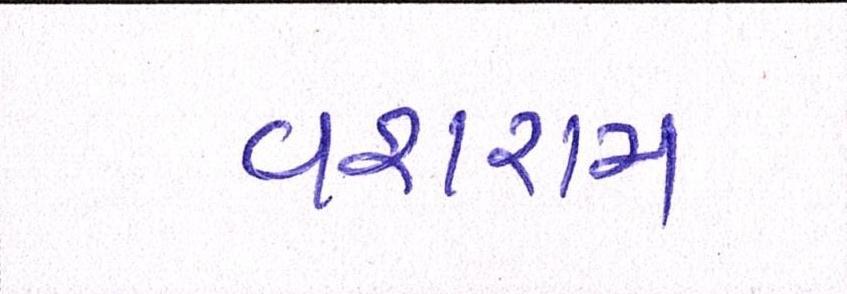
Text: વશરામ